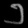
Digit: ၁